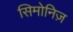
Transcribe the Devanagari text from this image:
सिमोनिज़